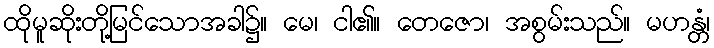
ထိုမူဆိုးတို့မြင်သောအခါ၌။ မေ၊ ငါ၏။ တေဇော၊ အစွမ်းသည်။ မဟန္တံ၊